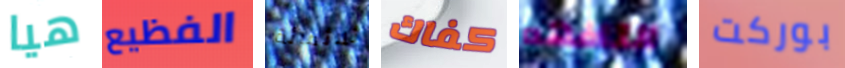
هيا الفظيع ثلاثمائة كفاك التافهه بوركت